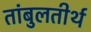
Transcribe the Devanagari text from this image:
तांबुलतीर्थ